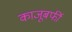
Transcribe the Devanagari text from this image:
काजूबर्फी